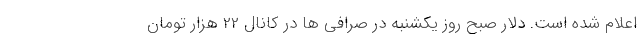
اعلام شده است. دلار صبح روز یکشنبه در صرافی ها در کانال 22 هزار تومان